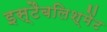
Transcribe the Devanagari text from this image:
इस्टैबलिश्मेंट